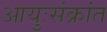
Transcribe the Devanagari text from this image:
आयुःसंक्रांत